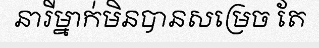
នារីម្នាក់មិនបានសម្រេច តែ